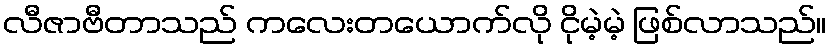
လီဇာဗီတာသည် ကလေးတယောက်လို ငိုမဲ့မဲ့ ဖြစ်လာသည်။